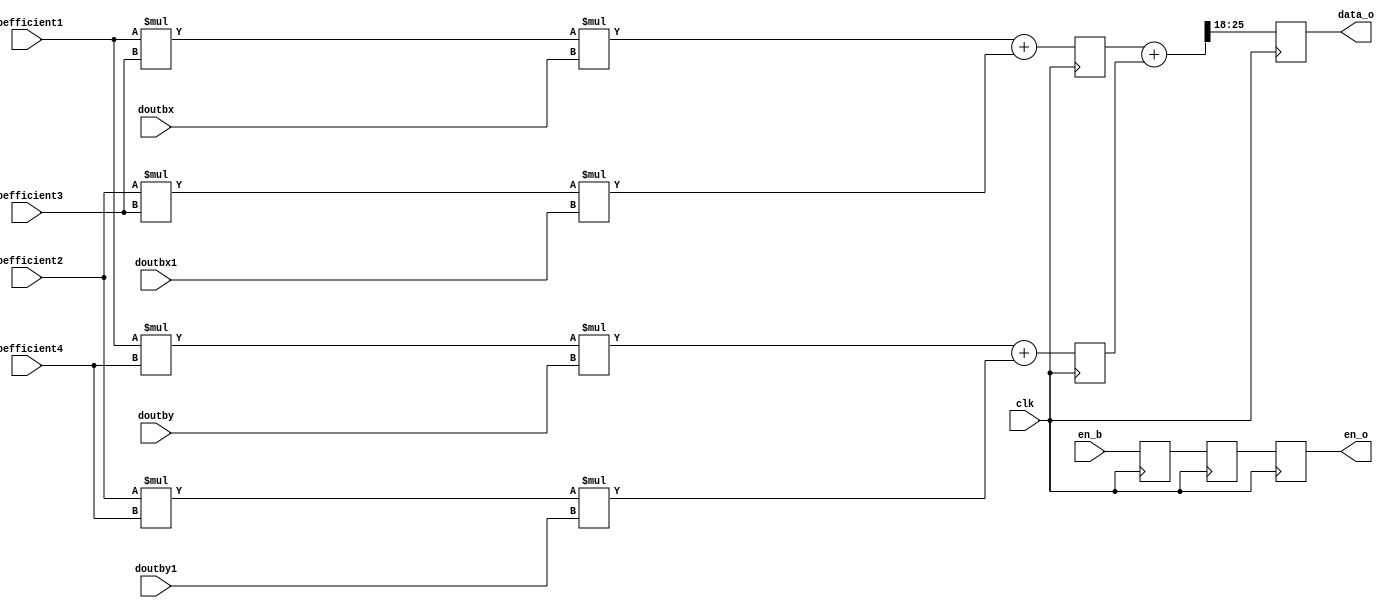
//
module bilinear_cal(input clk,
							  input [9:0]coefficient1,
							  input [9:0]coefficient2,
							  input [9:0]coefficient3,
							  input [9:0]coefficient4,
							  input en_b,
							  input [7:0]doutbx,
							  input [7:0]doutbx1,
							  input [7:0]doutby,
							  input [7:0]doutby1,
							  output reg[7:0]data_o = 'd0,
							  output reg en_o = 'd0
    );
wire [27:0]data_1;
wire [27:0]data_2;
wire [27:0]data_3; 
wire [27:0]data_4;	
assign data_1 = coefficient1*coefficient3*doutbx;
/////
assign data_2 = coefficient2*coefficient3*doutbx1;
/////	
assign data_3 = coefficient1*coefficient4*doutby;
////
assign data_4 = coefficient2*coefficient4*doutby1;
 
wire [27:0]data_a;
assign data_a = data_1 + data_2;
reg [27:0]data_aq = 'd0;
always @(posedge clk)
	data_aq <= data_a;
wire [27:0]data_b;
assign data_b = data_3 + data_4;
reg [27:0]data_bq = 'd0;
always @(posedge clk)
	data_bq <= data_b;
wire [27:0]data_oq;
assign data_oq = data_aq + data_bq;
always @(posedge clk)
	data_o <= data_oq[25:18];////////89*9
//////en_b
reg en_b_q;
reg en_b_q1;
always@(posedge clk)	begin
	en_b_q <= en_b;
	en_b_q1 <= en_b_q;
	en_o <= en_b_q1;
end
	
endmodule